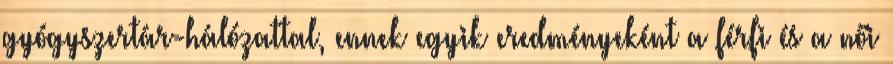
gyógyszertár-hálózattal, ennek egyik eredményeként a férfi és a női